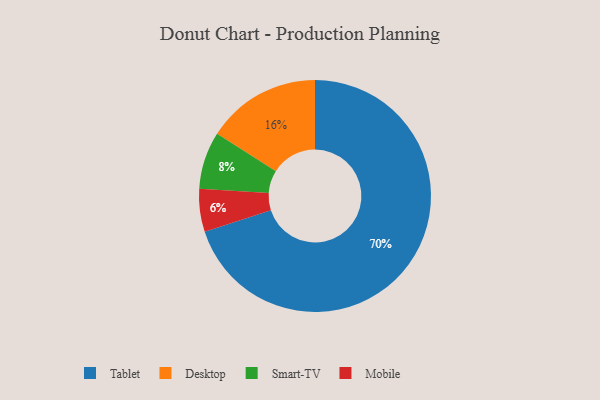
{"axis": {"x": "Category", "y": "Percentage"}, "legend": ["Desktop", "Mobile", "Smart-TV", "Tablet"], "data": [{"x": "Mobile", "y": 6, "type": "Mobile"}, {"x": "Desktop", "y": 16, "type": "Desktop"}, {"x": "Tablet", "y": 70, "type": "Tablet"}, {"x": "Smart-TV", "y": 8, "type": "Smart-TV"}]}